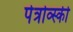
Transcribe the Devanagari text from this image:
पेत्रोव्स्की